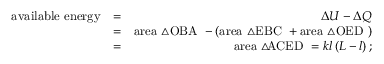
\begin{array} { r l r } { \mathrm { a v a i l a b l e ~ e n e r g y } } & { = } & { \Delta U - \Delta Q } \\ & { = } & { \mathrm { a r e a ~ \triangle { O B A } ~ } - \left( \mathrm { a r e a ~ \triangle { E B C } ~ } + \mathrm { a r e a ~ \triangle { O E D } ~ } \right) } \\ & { = } & { \mathrm { a r e a ~ \triangle \! \! \! \nabla { A C E D } ~ } = k l \left( L - l \right) ; } \end{array}